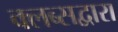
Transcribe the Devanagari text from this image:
क्लब्सद्वारा